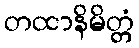
တထာနိမိတ္တံ